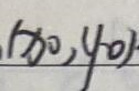
$(x_0,y_0)$